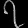
Digit: ၇